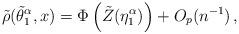
LaTeX: \begin{align*}\tilde{\rho}(\tilde{\theta}_1^\alpha, x) = \Phi\left( \tilde{Z}(\eta_1^\alpha) \right) + O_p(n^{-1}) \,,\end{align*}